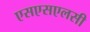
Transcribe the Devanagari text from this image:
एसएसएलसी